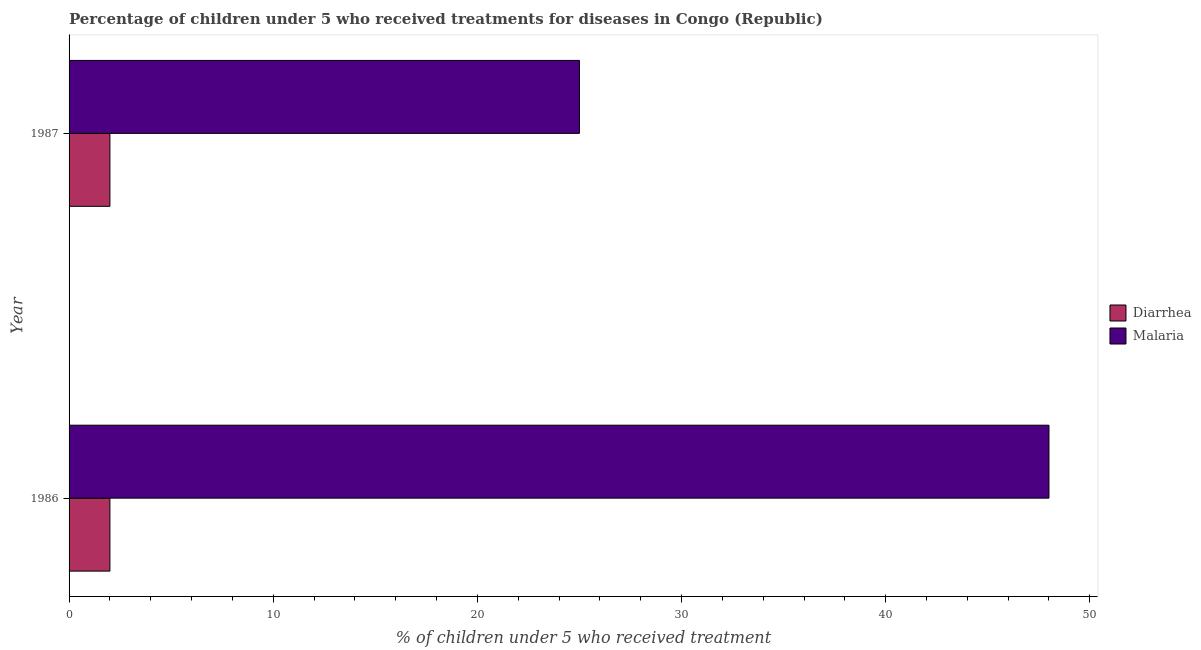
| Year | Diarrhea | Malaria |
 | --- | --- | --- |
 | 1986 | 2 | 48 |
 | 1987 | 2 | 25 |